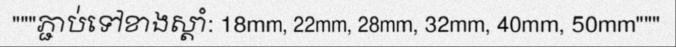
"""ភ្ជាប់ទៅខាងស្តាំ: 18mm, 22mm, 28mm, 32mm, 40mm, 50mm"""